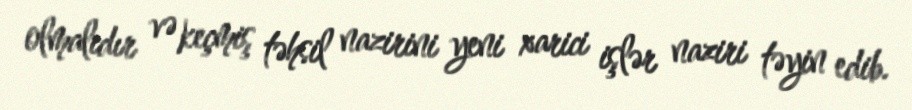
olmalıdır və keçmiş təhsil nazirini yeni xarici işlər naziri təyin edib.